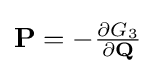
{\textstyle \mathbf {P} =-{\frac {\partial G_{3}}{\partial \mathbf {Q} }}}